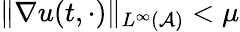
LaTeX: \| \nabla u(t,\cdot)\| _{L^{\infty}(\mathcal{A})}<\mu